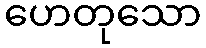
ဟေတုသော